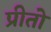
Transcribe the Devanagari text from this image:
प्रीतो